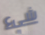
شيء